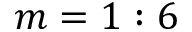
m = 1 : 6